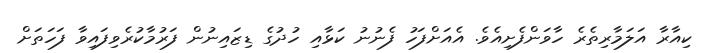
ކިއާރާ އަލަމާރިތެރެ ހާވަންފެށިއެވެ. އެއަށްފަހު ފެނުނު ކަޅާއި ހުދުގެ ޑިޒައިނުން ފަރުމާކުރެވިފައިވާ ފަހަތަށް